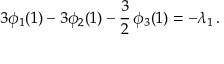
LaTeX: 3 \phi _ { 1 } ( 1 ) - 3 \phi _ { 2 } ( 1 ) - \frac 3 2 \, \phi _ { 3 } ( 1 ) = - \lambda _ { 1 } \, .